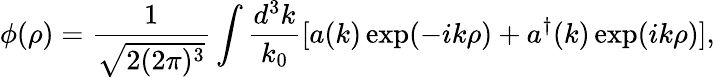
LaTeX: \phi(\rho)=\frac{1}{\sqrt{2(2\pi)^{3}}}\int\frac{d^{3}k}{k_{0}}[a(k)\exp(-ik\rho)+a^{\dagger}(k)\exp(ik\rho)],